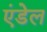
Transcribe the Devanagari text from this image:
एंडेल